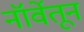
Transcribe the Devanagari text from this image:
नॉर्वेतून